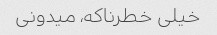
خیلی خطرناکه، میدونی